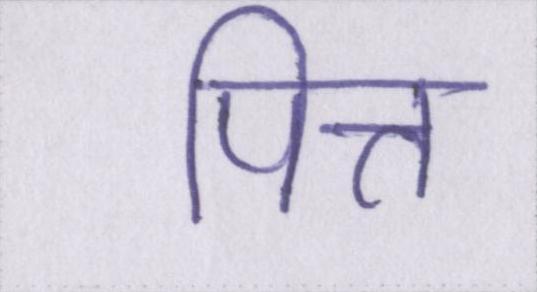
पित्त